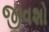
જીવશો